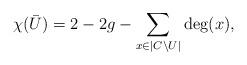
LaTeX: \begin{align*}\chi(\bar U)=2-2g-\sum_{x\in |C\setminus U|}\deg(x),\end{align*}